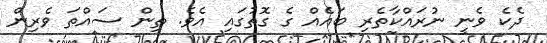
ދެކެ ވެނީ ނުރައްކާތެރި ބައެއް ގެ ގޮތުގައި އެވެ. ތިން ސައްތަ ވެރިން